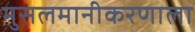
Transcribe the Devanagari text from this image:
मुसलमानीकरणाला